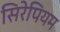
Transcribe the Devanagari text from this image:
सिरेपियम